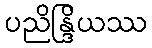
ပညိန္ဒြိယဿ